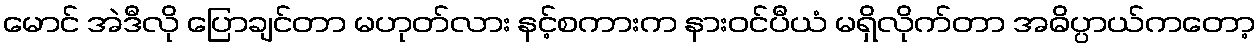
မောင် အဲဒီလို ပြောချင်တာ မဟုတ်လား နင့်စကားက နားဝင်ပီယံ မရှိလိုက်တာ အဓိပ္ပာယ်ကတော့